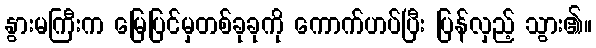
နွားမကြီးက မြေပြင်မှတစ်ခုခုကို ကောက်ဟပ်ပြီး ပြန်လှည့် သွား၏။